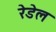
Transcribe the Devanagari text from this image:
रेडेल